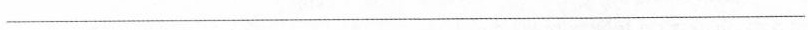
___